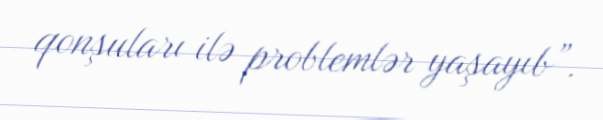
qonşuları ilə problemlər yaşayıb”.